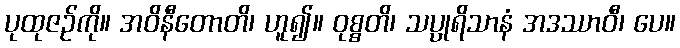
ပုထုဇဉ်ကို။ အဝိနီတောတိ၊ ဟူ၍။ ဝုစ္စတိ၊ သပ္ပုရိသာနံ အဒဿာဝီ၊ ပေ။